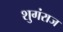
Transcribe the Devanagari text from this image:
शुगंराज